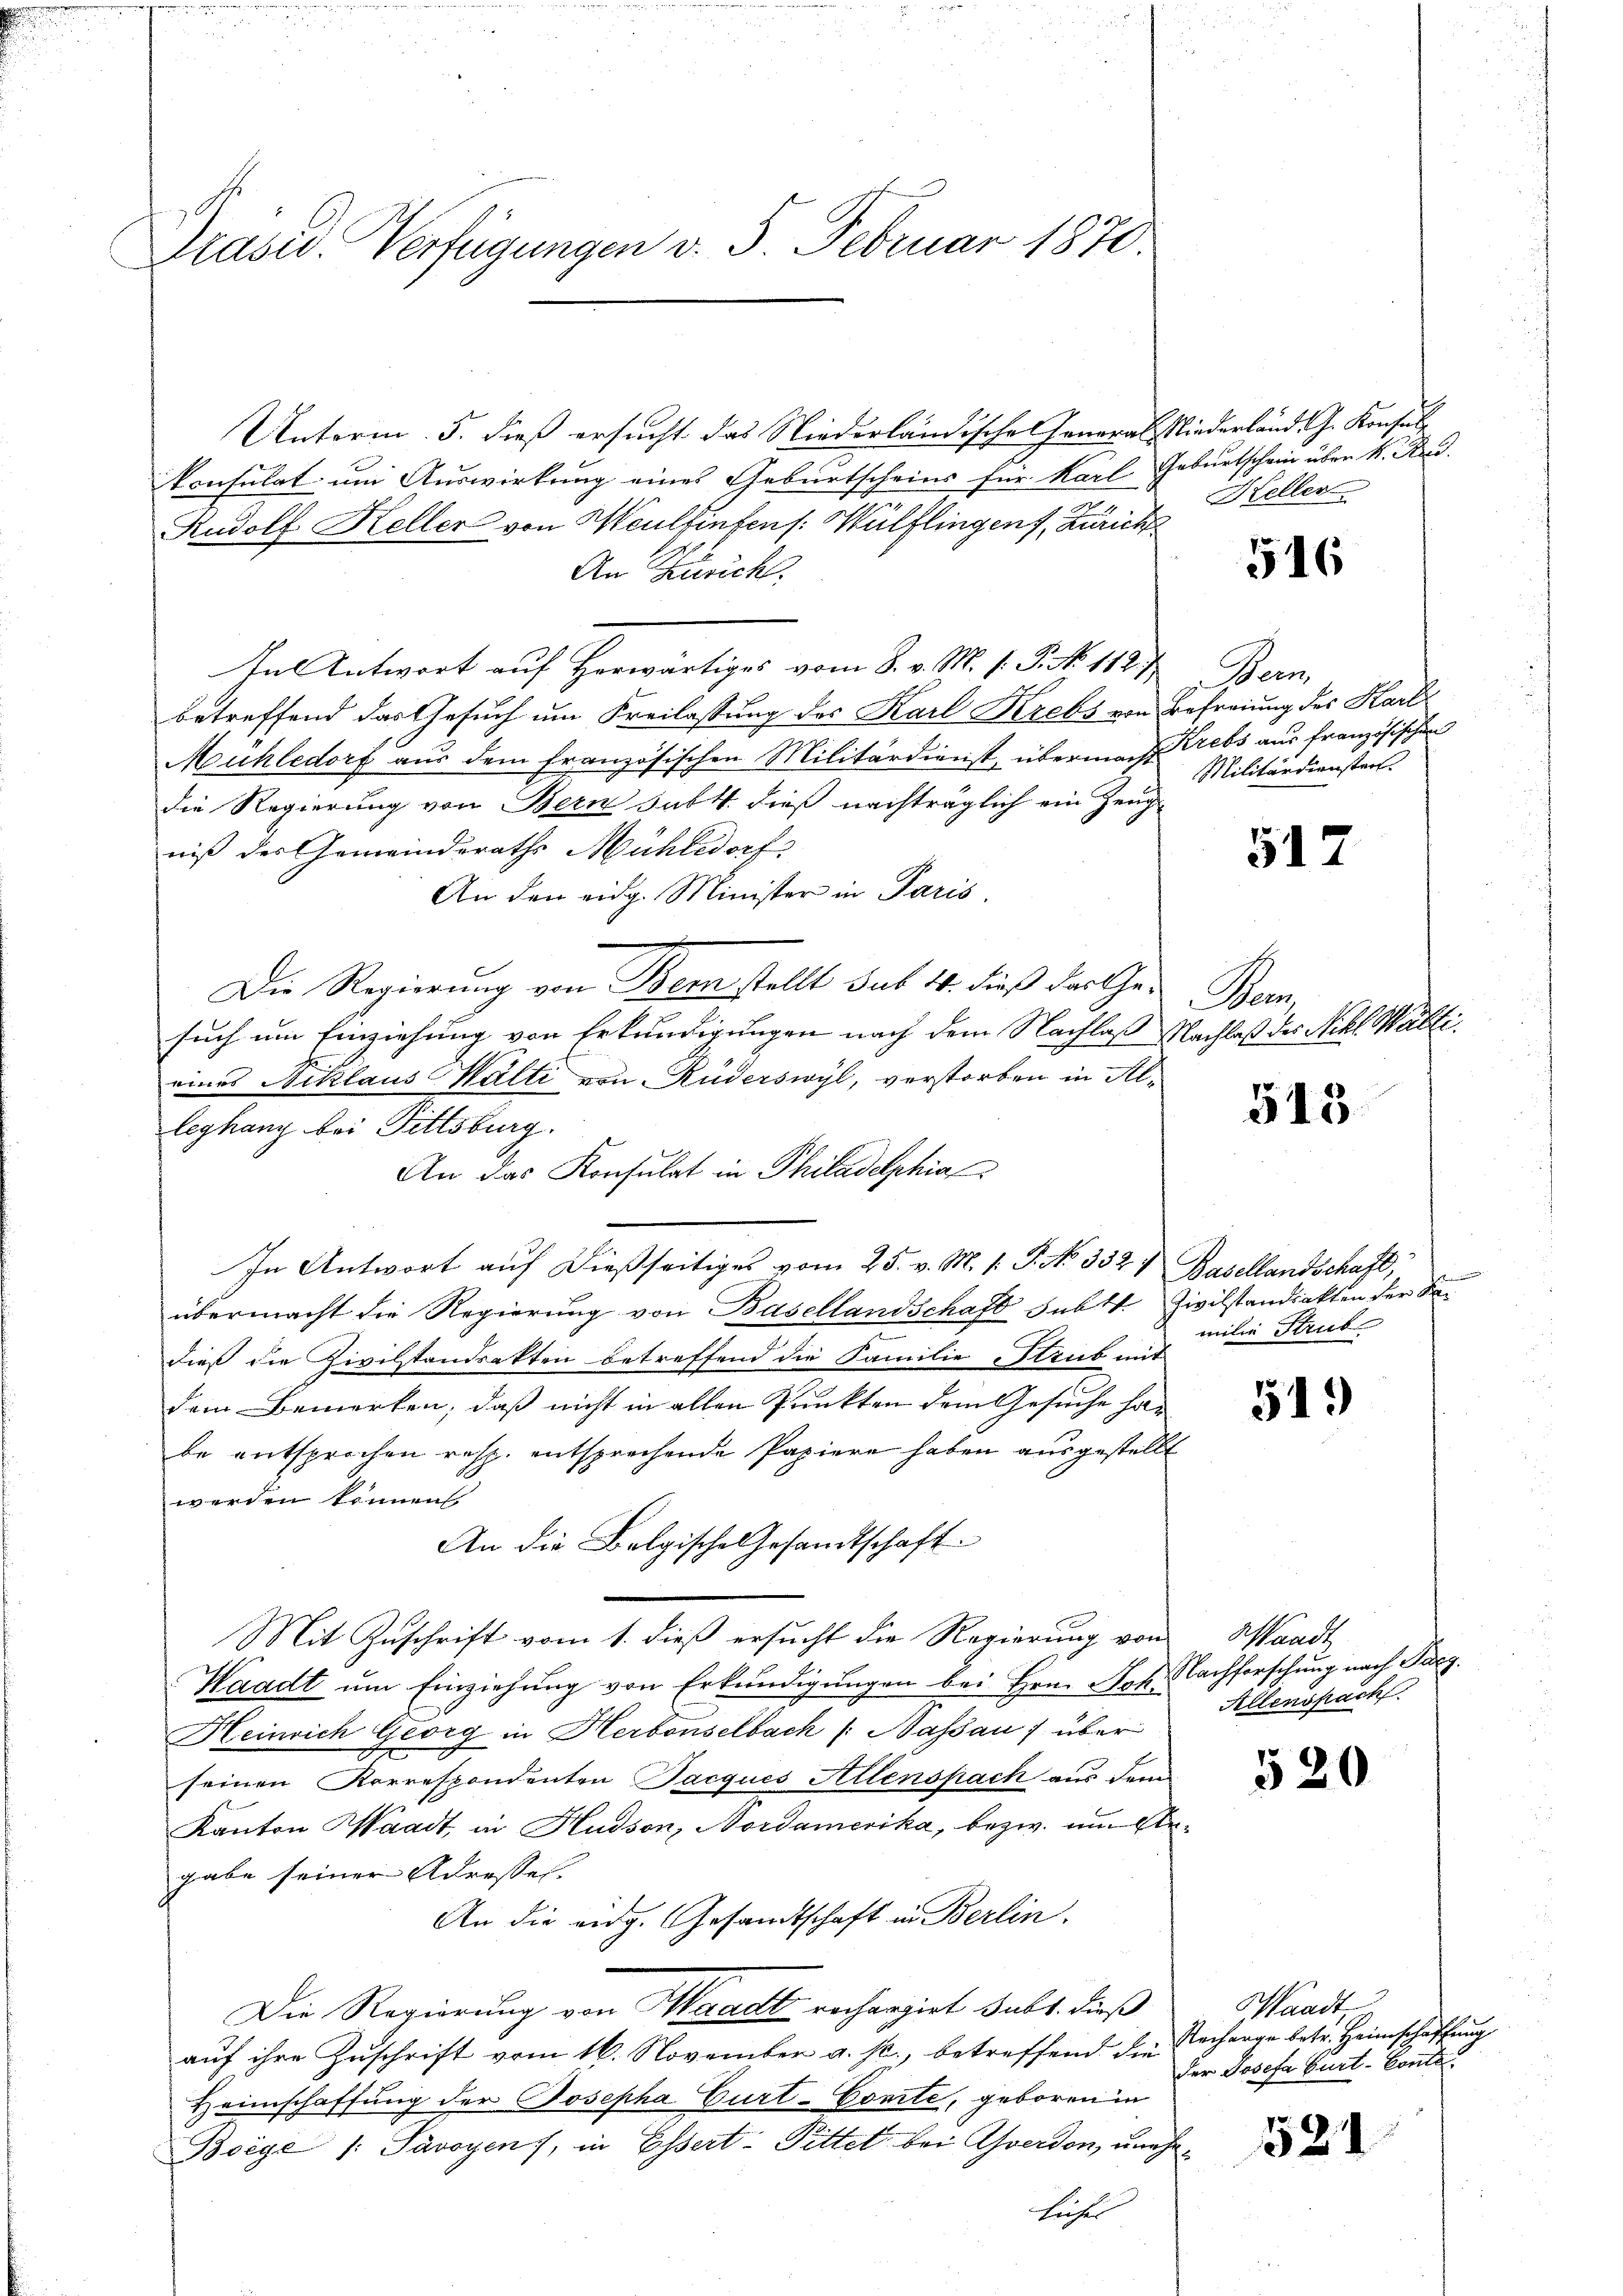
e

Präsid. Verfügungen v. 5. Februar 1870.

Unterm 5. dieß ersucht das Niederländische General Niederland. G. Konsule
konsulat um Auswirkung eines Geburtscheins für Karl Geburtschein über k. Rud.
Rudolf Heller von Heulfinfens: Wülflingen, Zürich
An Zürich.
In Antwort auf Horwärtiges vom 8. v. M. v. P. No 1127,
betreffend das Gesuch um Freilassung des Karl Krebs von Befreiung des Karl
Mühledorf aus dem französischen Militärdienst, übermach Krebs aus französischen
die Regierung von Bern subt. dieß nachträglich ein Zeugniß der Gemeinderaths Mühledorf
An den eidg. Minister in Paris
Die Regierung von Bern stellt sub 14. dieß darthen Bern,
such um Einziehung von Erkundigungen nach dem Nachlaß Nachlaß des Nikl. Wälti
eines Niklaus Walti von Rüderswyl, verstorben in Alleghang bei Fittsburg.
An das Konsulat in Philadelphia
In Antwort auf dießseitiges vom 25. v. M. v. P. No. 332. 7. Basellandschaft,
übermacht die Regierung von Basellandschaft subtt. Zivilstandsakten der Fa-
dieß die Zivilstandsakten betreffend die Familie Strub mit
dem Bemerken, daß nicht in allen Punkten dem Gesuche han
be entsprochen resp. entsprechende Papiere haben ausgestellt
werden können.
An die Belgische Gesandtschaft
Mit Zuschrift vom 1. dieß ersucht die Regierung von Waadt
Waadt ŭm Einziehŭng von Erkundigungen bei Hrn. Not. Nachforschung nach Furg
Heinrich Georg in Herbenselbach (Nassau) über
e
seinen Korrespondenten Jacques Allenspach aus dem
Kanton Waadt, in Hudson, Nordamerika, bezw. um Ergabe seiner Adresses.
An die eidg. Gesandtschaft in Berlin.
Die Regierung von Waadt rechargiet subt. dieß
aŭf ihre Zŭschrift vom 16. November a. p., betreffend die Recharge betr. Heimschaffung
Heimschaffung der Josepha Curt-Comite, geboren in
Boege /: Pavoyen, in Essert Fittet bei Gwerden, unehe¬
Lücher

Keller

516

Dem
Militärdienstant.

517

515

milie Strut

519

Allenspacht.

520

Waadt
der Josefa Gurt-Conto.

521